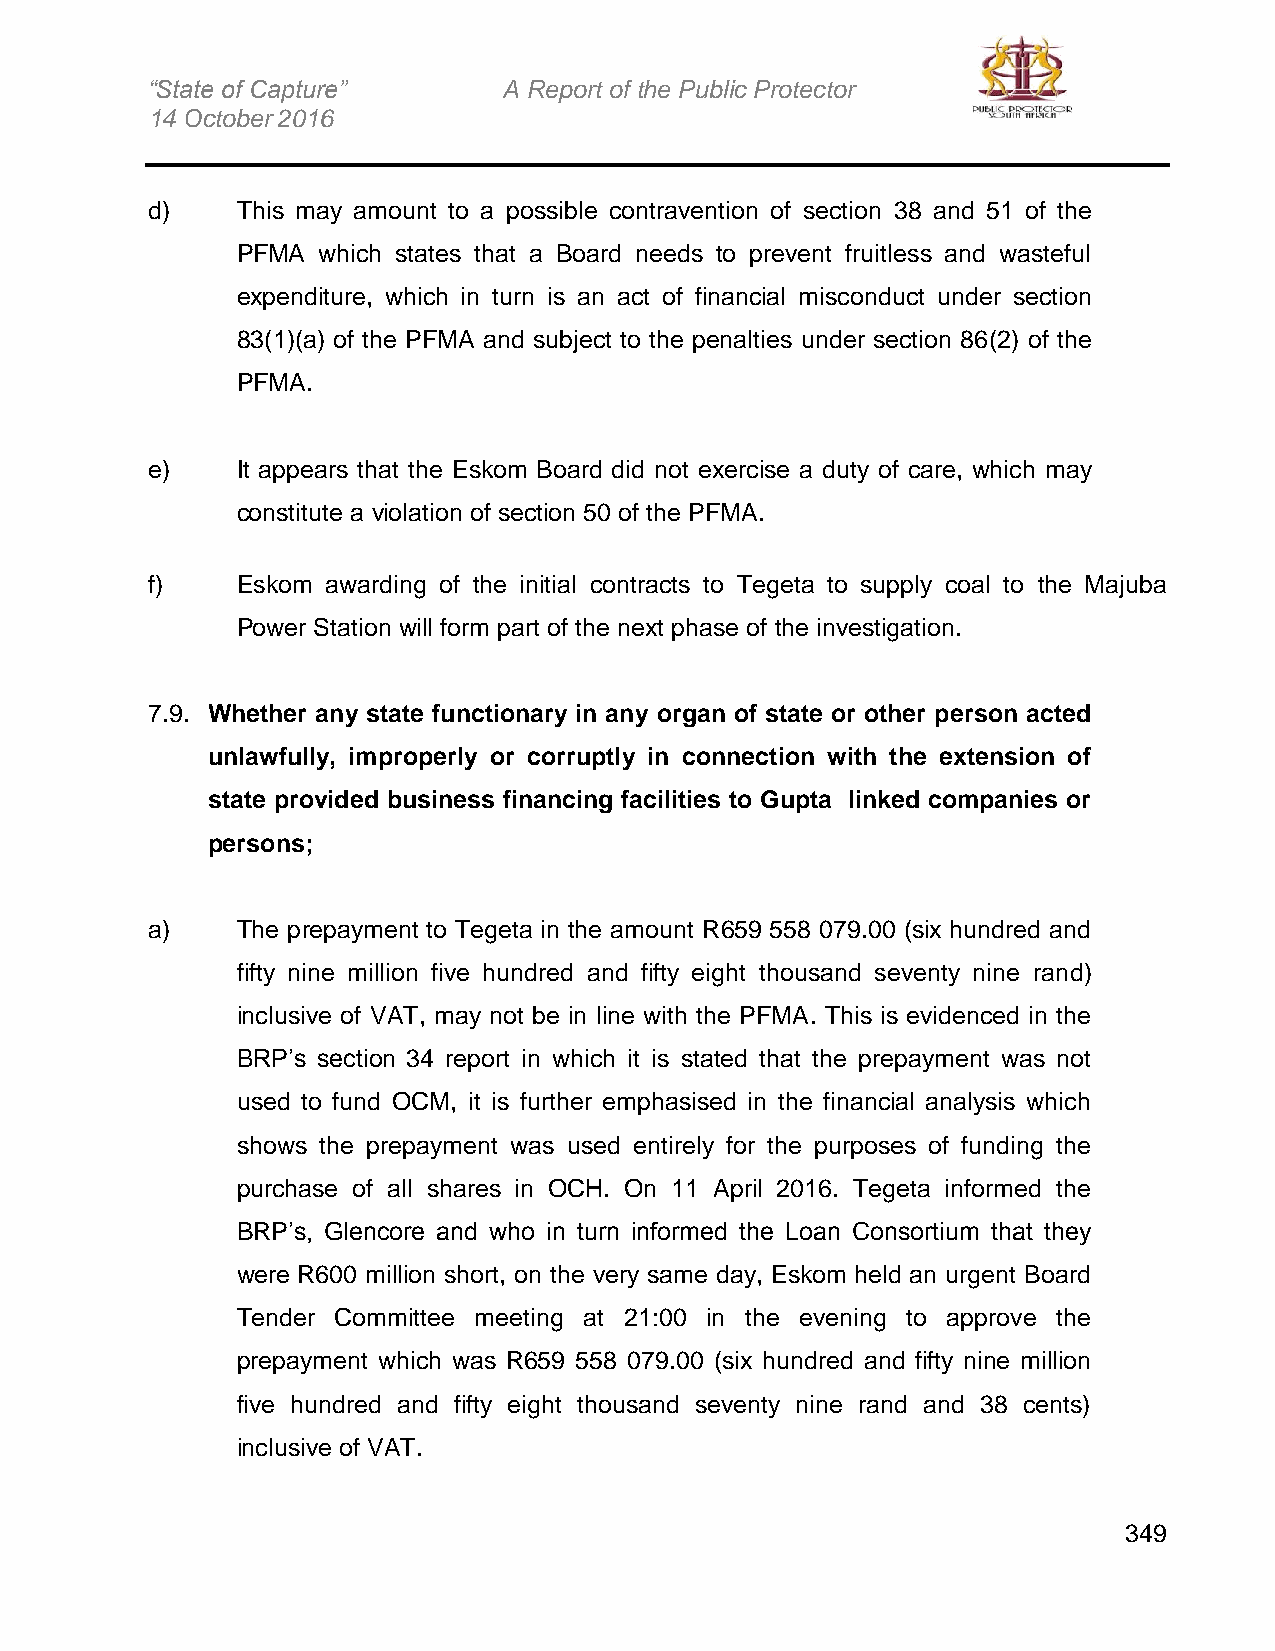
“State of Capture”     A Report of the Public Protector
 14 October 2016
 d)    This may amount to a possible contravention of section 38 and 51 of the
 PFMA which states that a Board needs to prevent fruitless and wasteful
 expenditure, which in turn is an act of financial misconduct under section
 83(1)(a) of the PFMA and subject to the penalties under section 86(2) of the
 PFMA.
 e)    It appears that the Eskom Board did not exercise a duty of care, which may
 constitute a violation of section 50 of the PFMA.
 f)    Eskom awarding of the initial contracts to Tegeta to supply coal to the Majuba
 Power Station will form part of the next phase of the investigation.
 7.9. Whether any state functionary in any organ of state or other person acted
 unlawfully, improperly or corruptly in connection with the extension of
 state provided business financing facilities to Gupta linked companies or
 persons;
 a)    The prepayment to Tegeta in the amount R659 558 079.00 (six hundred and
 fifty nine million five hundred and fifty eight thousand seventy nine rand)
 inclusive of VAT, may not be in line with the PFMA. This is evidenced in the
 BRP’s section 34 report in which it is stated that the prepayment was not
 used to fund OCM, it is further emphasised in the financial analysis which
 shows the prepayment was used entirely for the purposes of funding the
 purchase of all shares in OCH. On 11 April 2016. Tegeta informed the
 BRP’s, Glencore and who in turn informed the Loan Consortium that they
 were R600 million short, on the very same day, Eskom held an urgent Board
 Tender Committee meeting at 21:00 in the evening to approve the
 prepayment which was R659 558 079.00 (six hundred and fifty nine million
 five hundred and fifty eight thousand seventy nine rand and 38 cents)
 inclusive of VAT.
 349